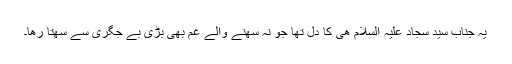
یہ جناب سید سجاد علیہ السلام ھی کا دل تھا جو نہ سھنے والے غم بھی بڑی بے جگری سے سھتا رھا۔